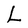
Character: L